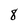
Character: 8